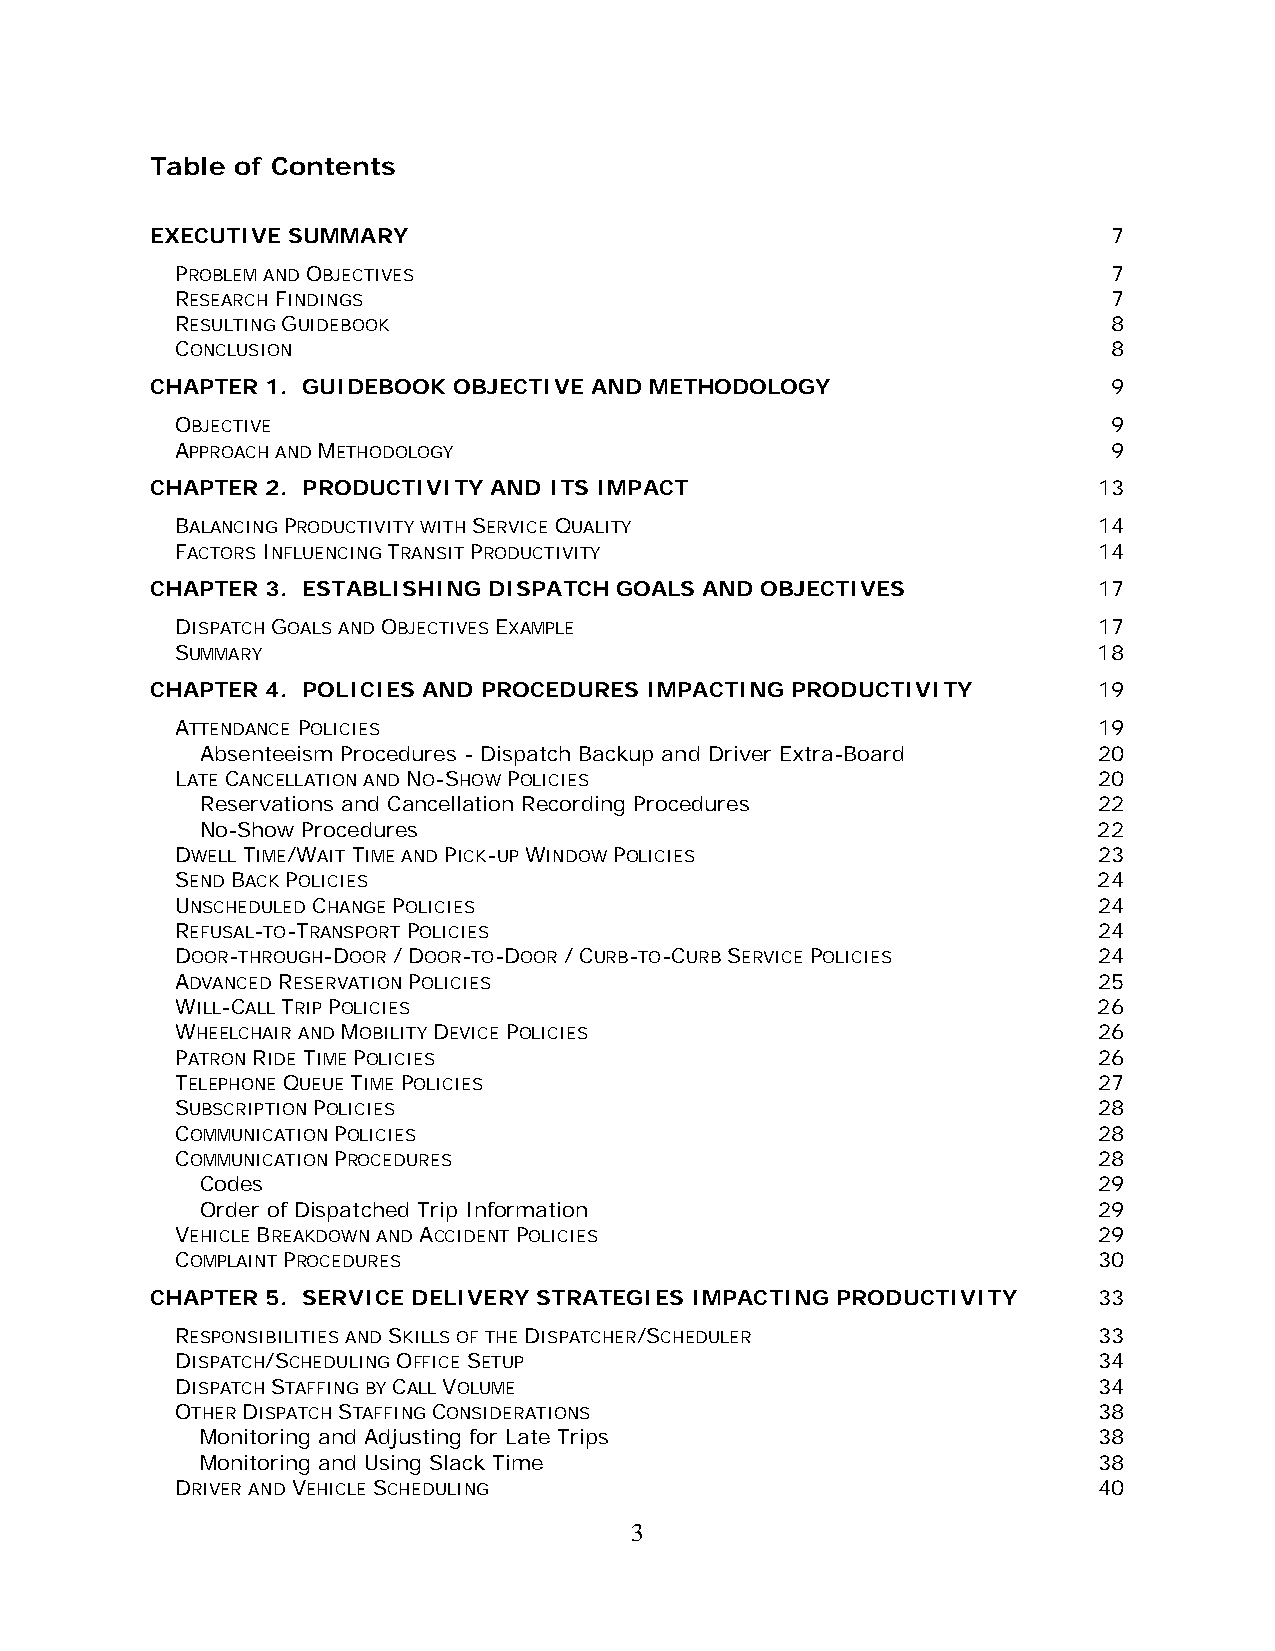
Table of Contents
 EXECUTIVE SUMMARY                                               7
 PROBLEM AND OBJECTIVES                                        7
 RESEARCH FINDINGS                                             7
 RESULTING GUIDEBOOK                                           8
 CONCLUSION                                                    8
 CHAPTER 1. GUIDEBOOK OBJECTIVE AND METHODOLOGY                  9
 OBJECTIVE                                                     9
 APPROACH AND METHODOLOGY                                      9
 CHAPTER 2. PRODUCTIVITY AND ITS IMPACT                         13
 BALANCING PRODUCTIVITY WITH SERVICE QUALITY                  14
 FACTORS INFLUENCING TRANSIT PRODUCTIVITY                     14
 CHAPTER 3. ESTABLISHING DISPATCH GOALS AND OBJECTIVES          17
 DISPATCH GOALS AND OBJECTIVES EXAMPLE                        17
 SUMMARY                                                      18
 CHAPTER 4. POLICIES AND PROCEDURES IMPACTING PRODUCTIVITY      19
 ATTENDANCE POLICIES                                          19
 Absenteeism Procedures - Dispatch Backup and Driver Extra-Board 20
 LATE CANCELLATION AND NO-SHOW POLICIES                       20
 Reservations and Cancellation Recording Procedures          22
 No-Show Procedures                                          22
 DWELL TIME/WAIT TIME AND PICK-UP WINDOW POLICIES             23
 SEND BACK POLICIES                                           24
 UNSCHEDULED CHANGE POLICIES                                  24
 REFUSAL-TO-TRANSPORT POLICIES                                24
 DOOR-THROUGH-DOOR / DOOR-TO-DOOR / CURB-TO-CURB SERVICE POLICIES 24
 ADVANCED RESERVATION POLICIES                                25
 WILL-CALL TRIP POLICIES                                      26
 WHEELCHAIR AND MOBILITY DEVICE POLICIES                      26
 PATRON RIDE TIME POLICIES                                    26
 TELEPHONE QUEUE TIME POLICIES                                27
 SUBSCRIPTION POLICIES                                        28
 COMMUNICATION POLICIES                                       28
 COMMUNICATION PROCEDURES                                     28
 Codes                                                       29
 Order of Dispatched Trip Information                        29
 VEHICLE BREAKDOWN AND ACCIDENT POLICIES                      29
 COMPLAINT PROCEDURES                                         30
 CHAPTER 5. SERVICE DELIVERY STRATEGIES IMPACTING PRODUCTIVITY  33
 RESPONSIBILITIES AND SKILLS OF THE DISPATCHER/SCHEDULER      33
 DISPATCH/SCHEDULING OFFICE SETUP                             34
 DISPATCH STAFFING BY CALL VOLUME                             34
 OTHER DISPATCH STAFFING CONSIDERATIONS                       38
 Monitoring and Adjusting for Late Trips                     38
 Monitoring and Using Slack Time                             38
 DRIVER AND VEHICLE SCHEDULING                                40
 3